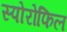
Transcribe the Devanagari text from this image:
स्पोरोफिल